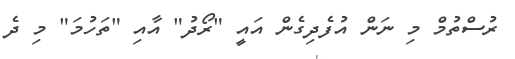
ރުސްތުމް މި ނަން އުފެދިގެން އައީ "ރޯދު" އާއި "ތަހުމަ" މި ދެ